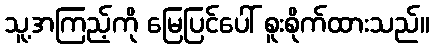
သူ့အကြည့်ကို မြေပြင်ပေါ် စူးစိုက်ထားသည်။